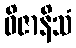
ဝိဇာနိသံ